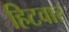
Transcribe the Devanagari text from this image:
हिटवार